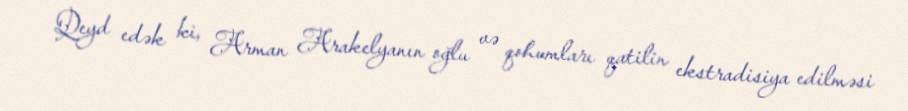
Qeyd edək ki, Arman Arakelyanın oğlu və qohumları qatilin ekstradisiya edilməsi